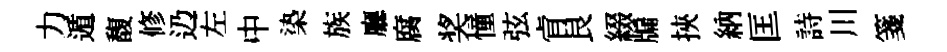
力遁馥修辸左中𣑱族廳腐奖憧弦肻艮綴牖挾納匡詩川箋